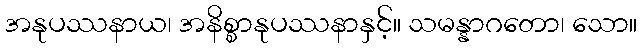
အနုပဿနာယ၊ အနိစ္စာနုပဿနာနှင့်။ သမန္နာဂတော၊ သော။